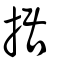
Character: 据